Annual administration and progress report of the Indian Medical Department, Bombay
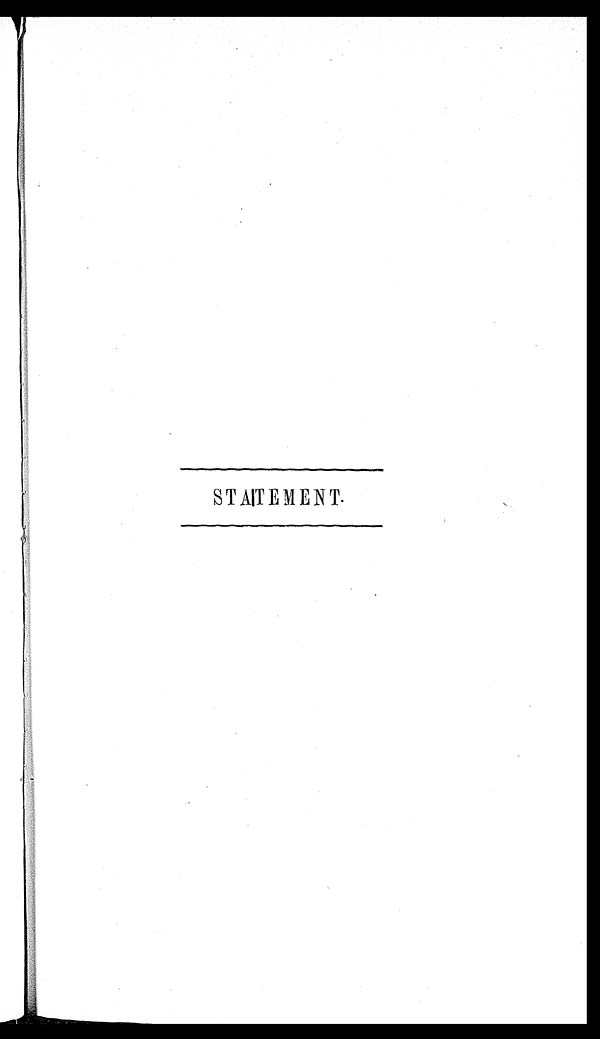
STATEMENT.